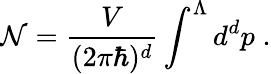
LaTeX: \mathcal{N}=\frac{{V}}{{(2\pi\hbar)^{d}}}\int^{\Lambda}d^{d}p\; .